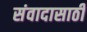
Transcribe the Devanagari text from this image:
संवादासाठी